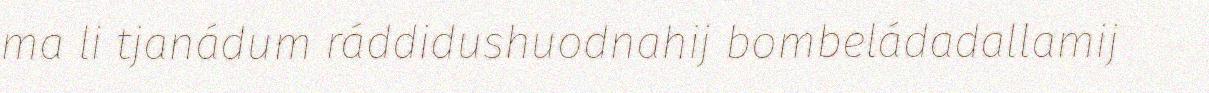
ma li tjanádum ráddidushuodnahij bombeládadallamij